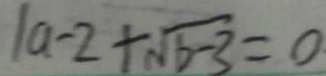
\vert a - 2 + \sqrt { b - 3 } = 0